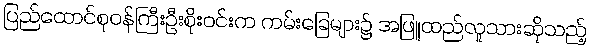
ပြည်ထောင်စုဝန်ကြီးဦးစိုးဝင်းက ကမ်းခြေများ၌ အဖြူထည်လူသားဆိုသည့်